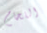
اللحام